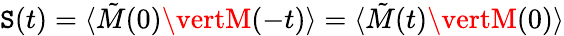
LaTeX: \mathtt{S}(t)=\langle\tilde{{M}}(0)\vertM(-t)\rangle=\langle\tilde{{M}}(t)\vertM(0)\rangle